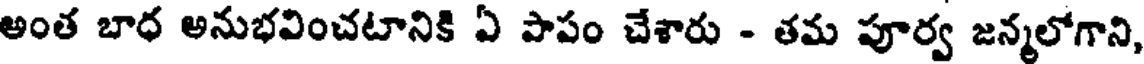
అంత బాధ అనుభవించటానికి ఏ పాపం చేశారు - తమ పూర్వ జన్మలోగాని,